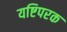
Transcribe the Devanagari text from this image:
यष्टिपरक